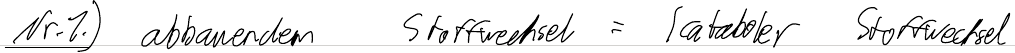
Nr.1.) abbauendem Stoffwechsel = kataboler Stoffwechsel